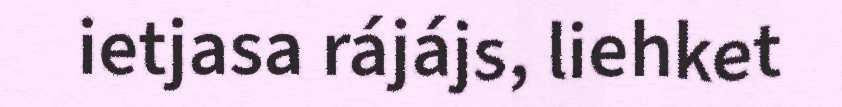
ietjasa rájájs, liehket